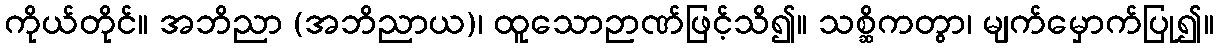
ကိုယ်တိုင်။ အဘိညာ (အဘိညာယ)၊ ထူသောဉာဏ်ဖြင့်သိ၍။ သစ္ဆိကတွာ၊ မျက်မှောက်ပြု၍။